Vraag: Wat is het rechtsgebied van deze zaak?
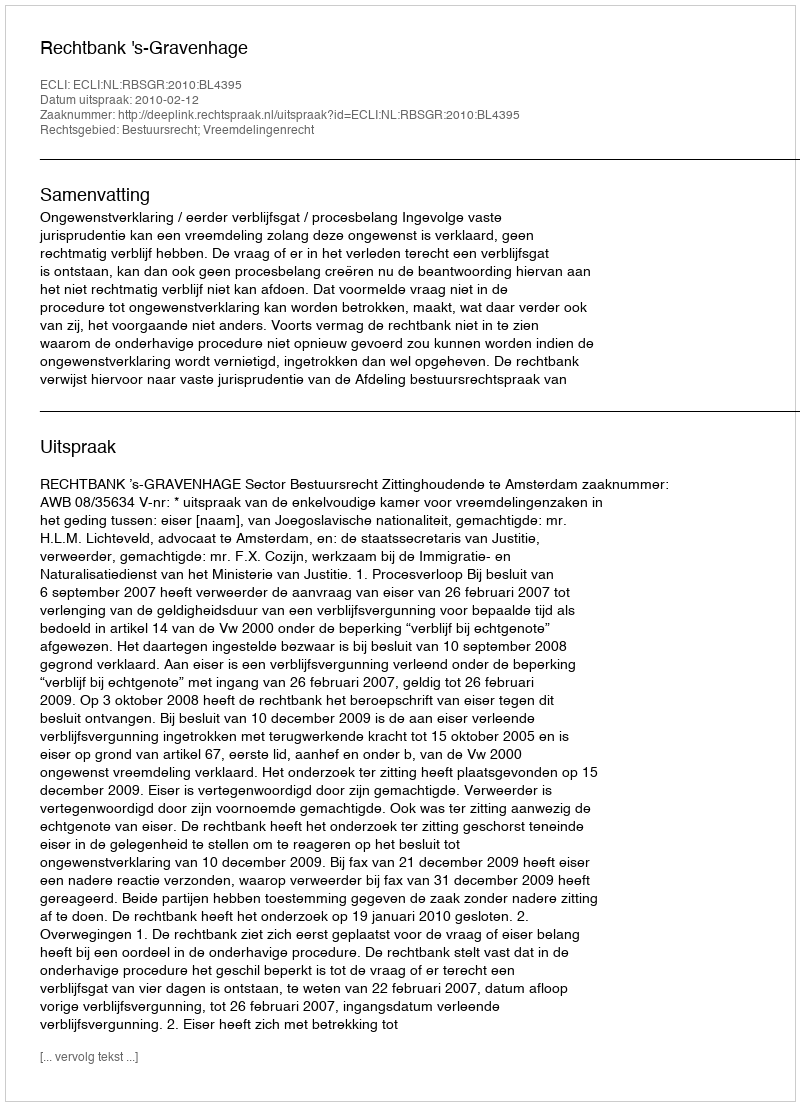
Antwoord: Bestuursrecht; Vreemdelingenrecht